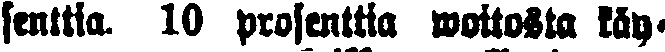
senttia. 10 prosenttia woitosta käy-